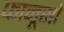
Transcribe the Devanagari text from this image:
फानूसो